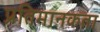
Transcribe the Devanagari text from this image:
प्रतिमानकता